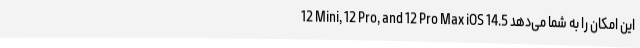
12 Mini, 12 Pro, and 12 Pro Max iOS 14.5 این امکان را به شما می‌دهد